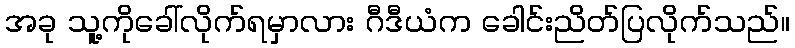
အခု သူ့ကိုခေါ်လိုက်ရမှာလား ဂီဒီယံက ခေါင်းညိတ်ပြလိုက်သည်။